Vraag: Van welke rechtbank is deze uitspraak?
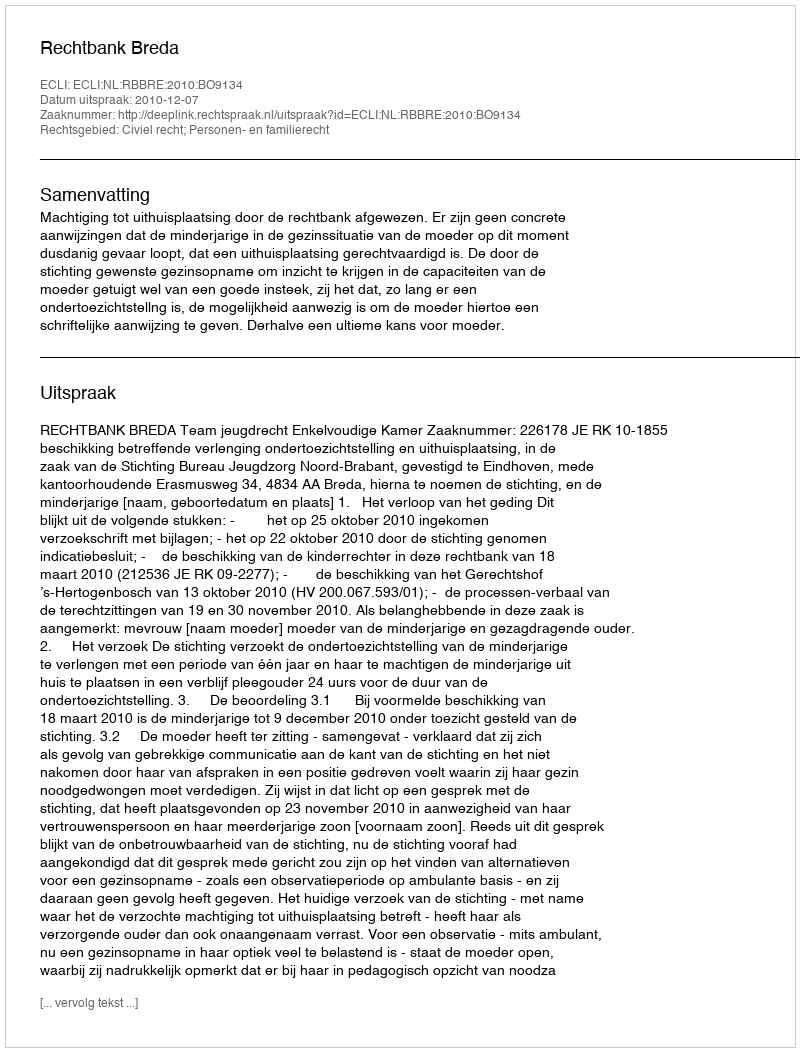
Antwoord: Rechtbank Breda